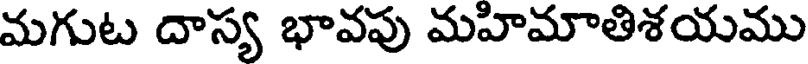
మగుట దాస్య భావపు మహిమాతిశయము